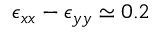
\epsilon _ { x x } - \epsilon _ { y y } \simeq 0 . 2 \